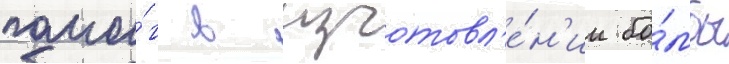
помо́г в изготовл'е́н'ии бо́мбы